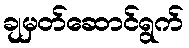
ချမှတ်ဆောင်ရွက်